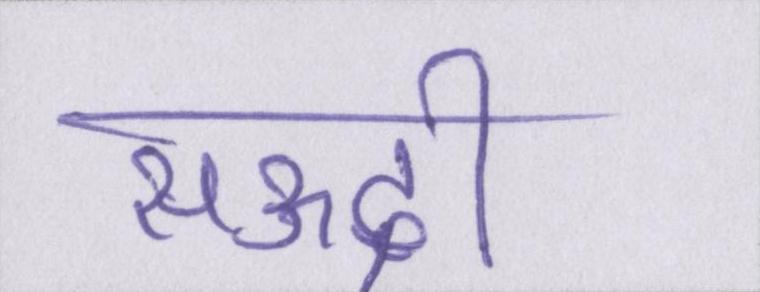
सऊदी